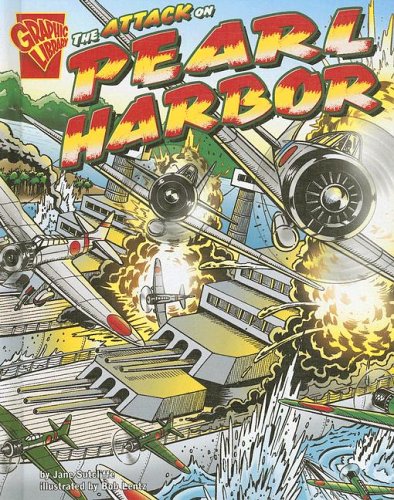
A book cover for The Attack on Pearl Harbor (Disasters in History); Jane Sutcliffe; Children's Books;